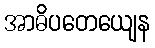
အာဓိပတေယျေန